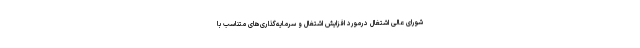
شورای عالی اشتغال درمورد افزایش اشتغال و سرمایه‌گذاری‌های متناسب با